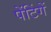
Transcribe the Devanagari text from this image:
पेंटिंगें